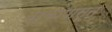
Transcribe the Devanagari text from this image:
तुर्कांपासून